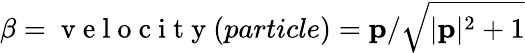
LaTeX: \mathbf{\beta}=\mathrm{~v~e~l~o~c~i~t~y~}(particle)=\mathbf{p}/\sqrt{|\mathbf{p}|^{2}+1}